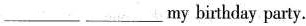
___ ___ my birthday party.